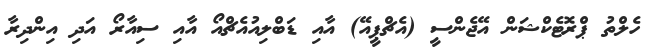
ހެލްތު ޕްރޮޓެކްޝަން އޭޖެންސީ (އެޗްޕީއޭ) އާއި ޑަބްލިއުއެޗްއޯ އާއި ސިއާރޯ އަދި އިންދިރާ